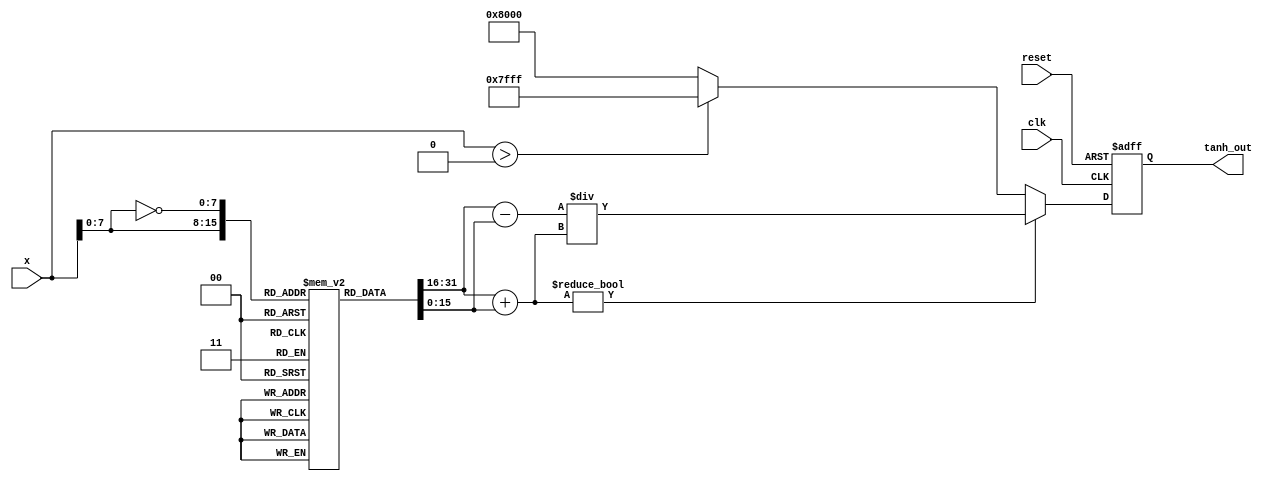
module tanh_block (
    input wire signed [15:0] x,        // 16-bit signed fixed-point input
    output reg signed [15:0] tanh_out, // 16-bit signed fixed-point output
    input wire clk,                     // Clock signal
    input wire reset                    // Reset signal
);

    // Lookup table for e^x and e^-x (simplified for illustration, fill with actual values)
    reg [15:0] exp_lookup [0:255]; // Pre-calculate e^x for x in range [0, 255]
    initial begin
        // Initialize lookup table (you will need to provide actual values for a proper implementation)
        // For example purposes, we're initializing with placeholder values
        exp_lookup[0] = 16'h0001; // e^0
        // Fill the lookup table with appropriate exponential values...
    end

    // Internal signals
    wire signed [15:0] exp_x;
    wire signed [15:0] exp_neg_x;
    wire signed [15:0] numerator;
    wire signed [15:0] denominator;
    
    // Calculate e^x and e^-x (using the lookup table)
    // For a realistic implementation, you would need to handle input scaling
    assign exp_x = exp_lookup[x[7:0]]; // Note: Assumes x is in a range that fits the lookup table
    assign exp_neg_x = exp_lookup[~x[7:0]]; // For negative x

    // Calculate the numerator and denominator
    assign numerator = exp_x - exp_neg_x; // e^x - e^-x
    assign denominator = exp_x + exp_neg_x; // e^x + e^-x

    // Compute tanh(x) = (e^x - e^-x) / (e^x + e^-x)
    always @(posedge clk or posedge reset) begin
        if (reset) begin
            tanh_out <= 16'h0000; // Reset output
        end else begin
            if (denominator != 0) begin
                tanh_out <= numerator / denominator; // Division
            end else begin
                tanh_out <= (x > 0) ? 16'h7FFF : 16'h8000; // Handle edge case
            end
        end
    end

endmodule